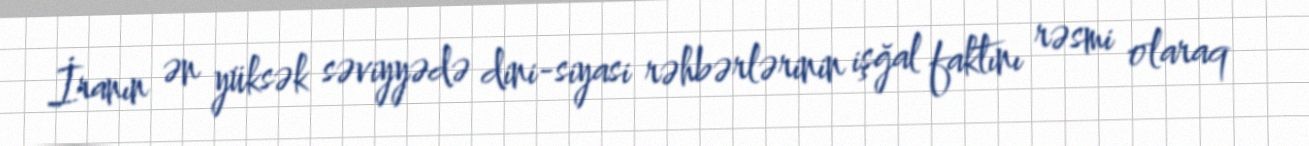
İranın ən yüksək səviyyədə dini-siyasi rəhbərlərinin işğal faktını rəsmi olaraq